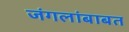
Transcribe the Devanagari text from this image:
जंगलांबाबत